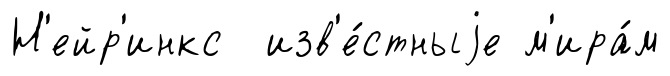
Н'ейр'инкс изв'е́стныjе м'ира́м